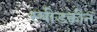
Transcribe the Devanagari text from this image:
स्पीडक्वीन